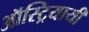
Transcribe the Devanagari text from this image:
ऑस्ट्रियायी